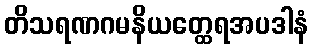
တိသရဏဂမနိယတ္ထေရအပဒါနံ